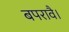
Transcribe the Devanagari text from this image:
बपरावै।